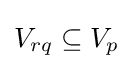
V_{rq}\subseteq V_{p}